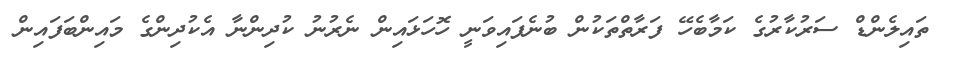
ތައިލެންޑް ސަރުކާރުގެ ކަމާބެހޭ ފަރާތްތަކުން ބުނެފައިވަނީ ހޮހަޅައިން ނެރުނު ކުދިންނާ އެކުދިންގެ މައިންބަފައިން